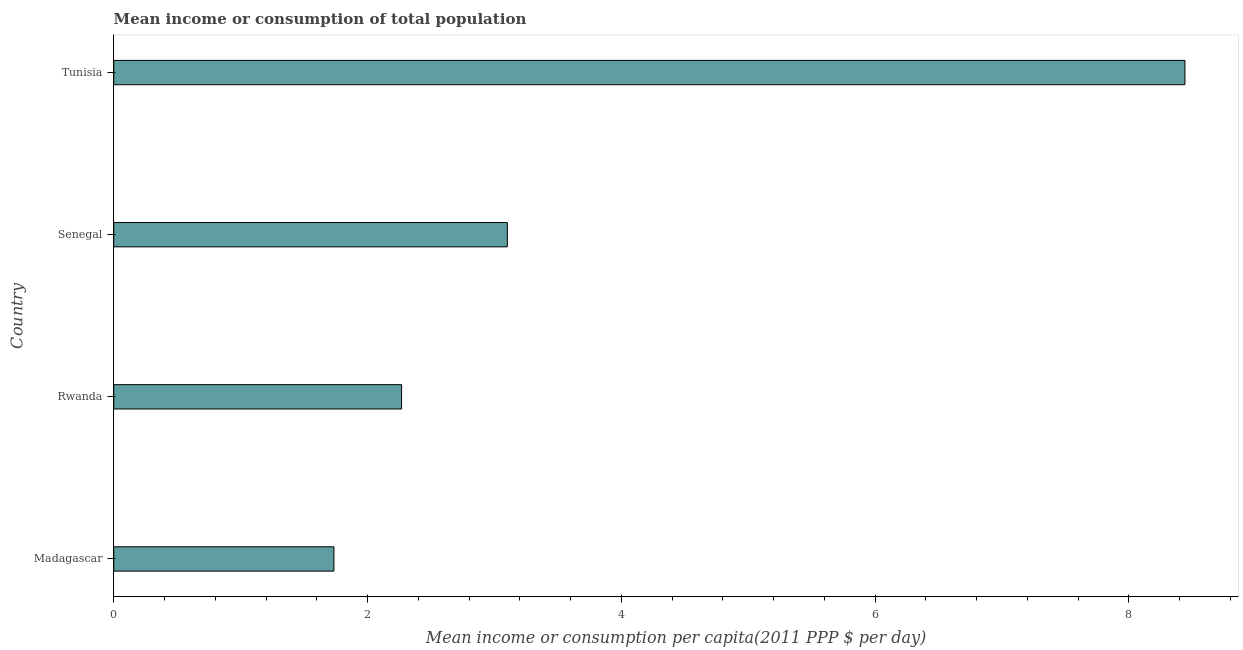
| Country | Total population |
 | --- | --- |
 | Madagascar | 1.74 |
 | Rwanda | 2.27 |
 | Senegal | 3.1 |
 | Tunisia | 8.44 |